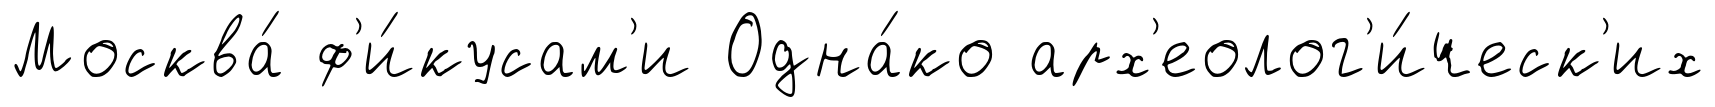
Москва́ ф'и́кусам'и Одна́ко арх'еолог'и́ческ'их